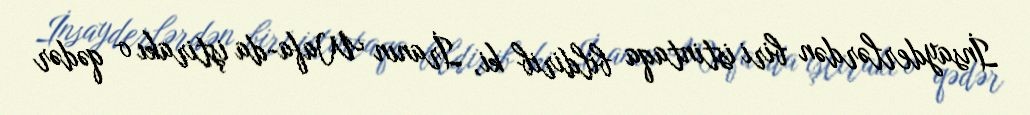
İnsayderlərdən biri istintaqa bildirib ki, İranın Wafa-da iştirakı o qədər